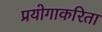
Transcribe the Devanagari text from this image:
प्रयोगाकरिता